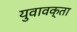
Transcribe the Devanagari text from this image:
युवावक्ता